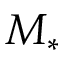
M _ { * }